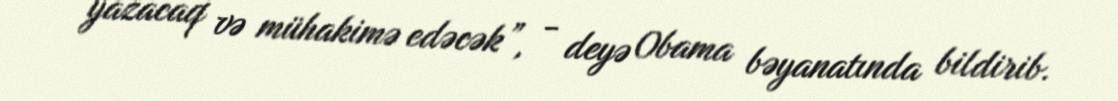
yazacaq və mühakimə edəcək”, - deyə Obama bəyanatında bildirib.